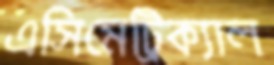
এসিমেট্রিক্যাল